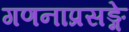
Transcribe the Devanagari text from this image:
गणनाप्रसङ्गे